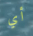
أي